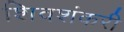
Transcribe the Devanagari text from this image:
शिवशंकरी